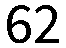
62